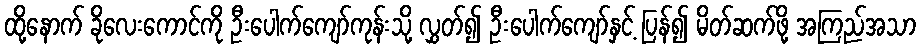
ထို့နောက် ခိုလေးကောင်ကို ဦးပေါက်ကျော်ကုန်းသို့ လွှတ်၍ ဦးပေါက်ကျော်နှင့် ပြန်၍ မိတ်ဆက်ဖို့ အကြည်အသာ